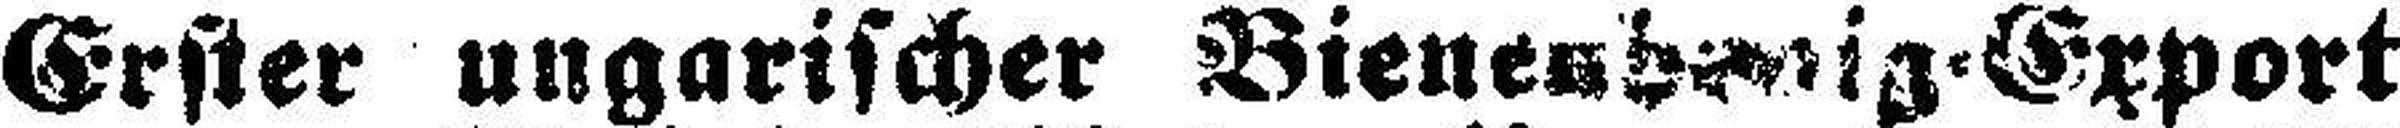
Erster ungarischer Bienen###ig = Export